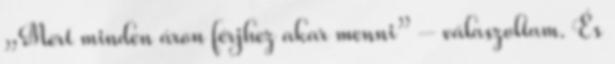
„Mert minden áron férjhez akar menni” – válaszoltam. És